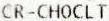
CR-CHOCLT